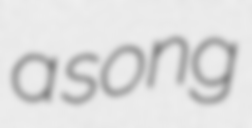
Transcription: a song